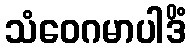
သံဝေဂမာပါဒိံ